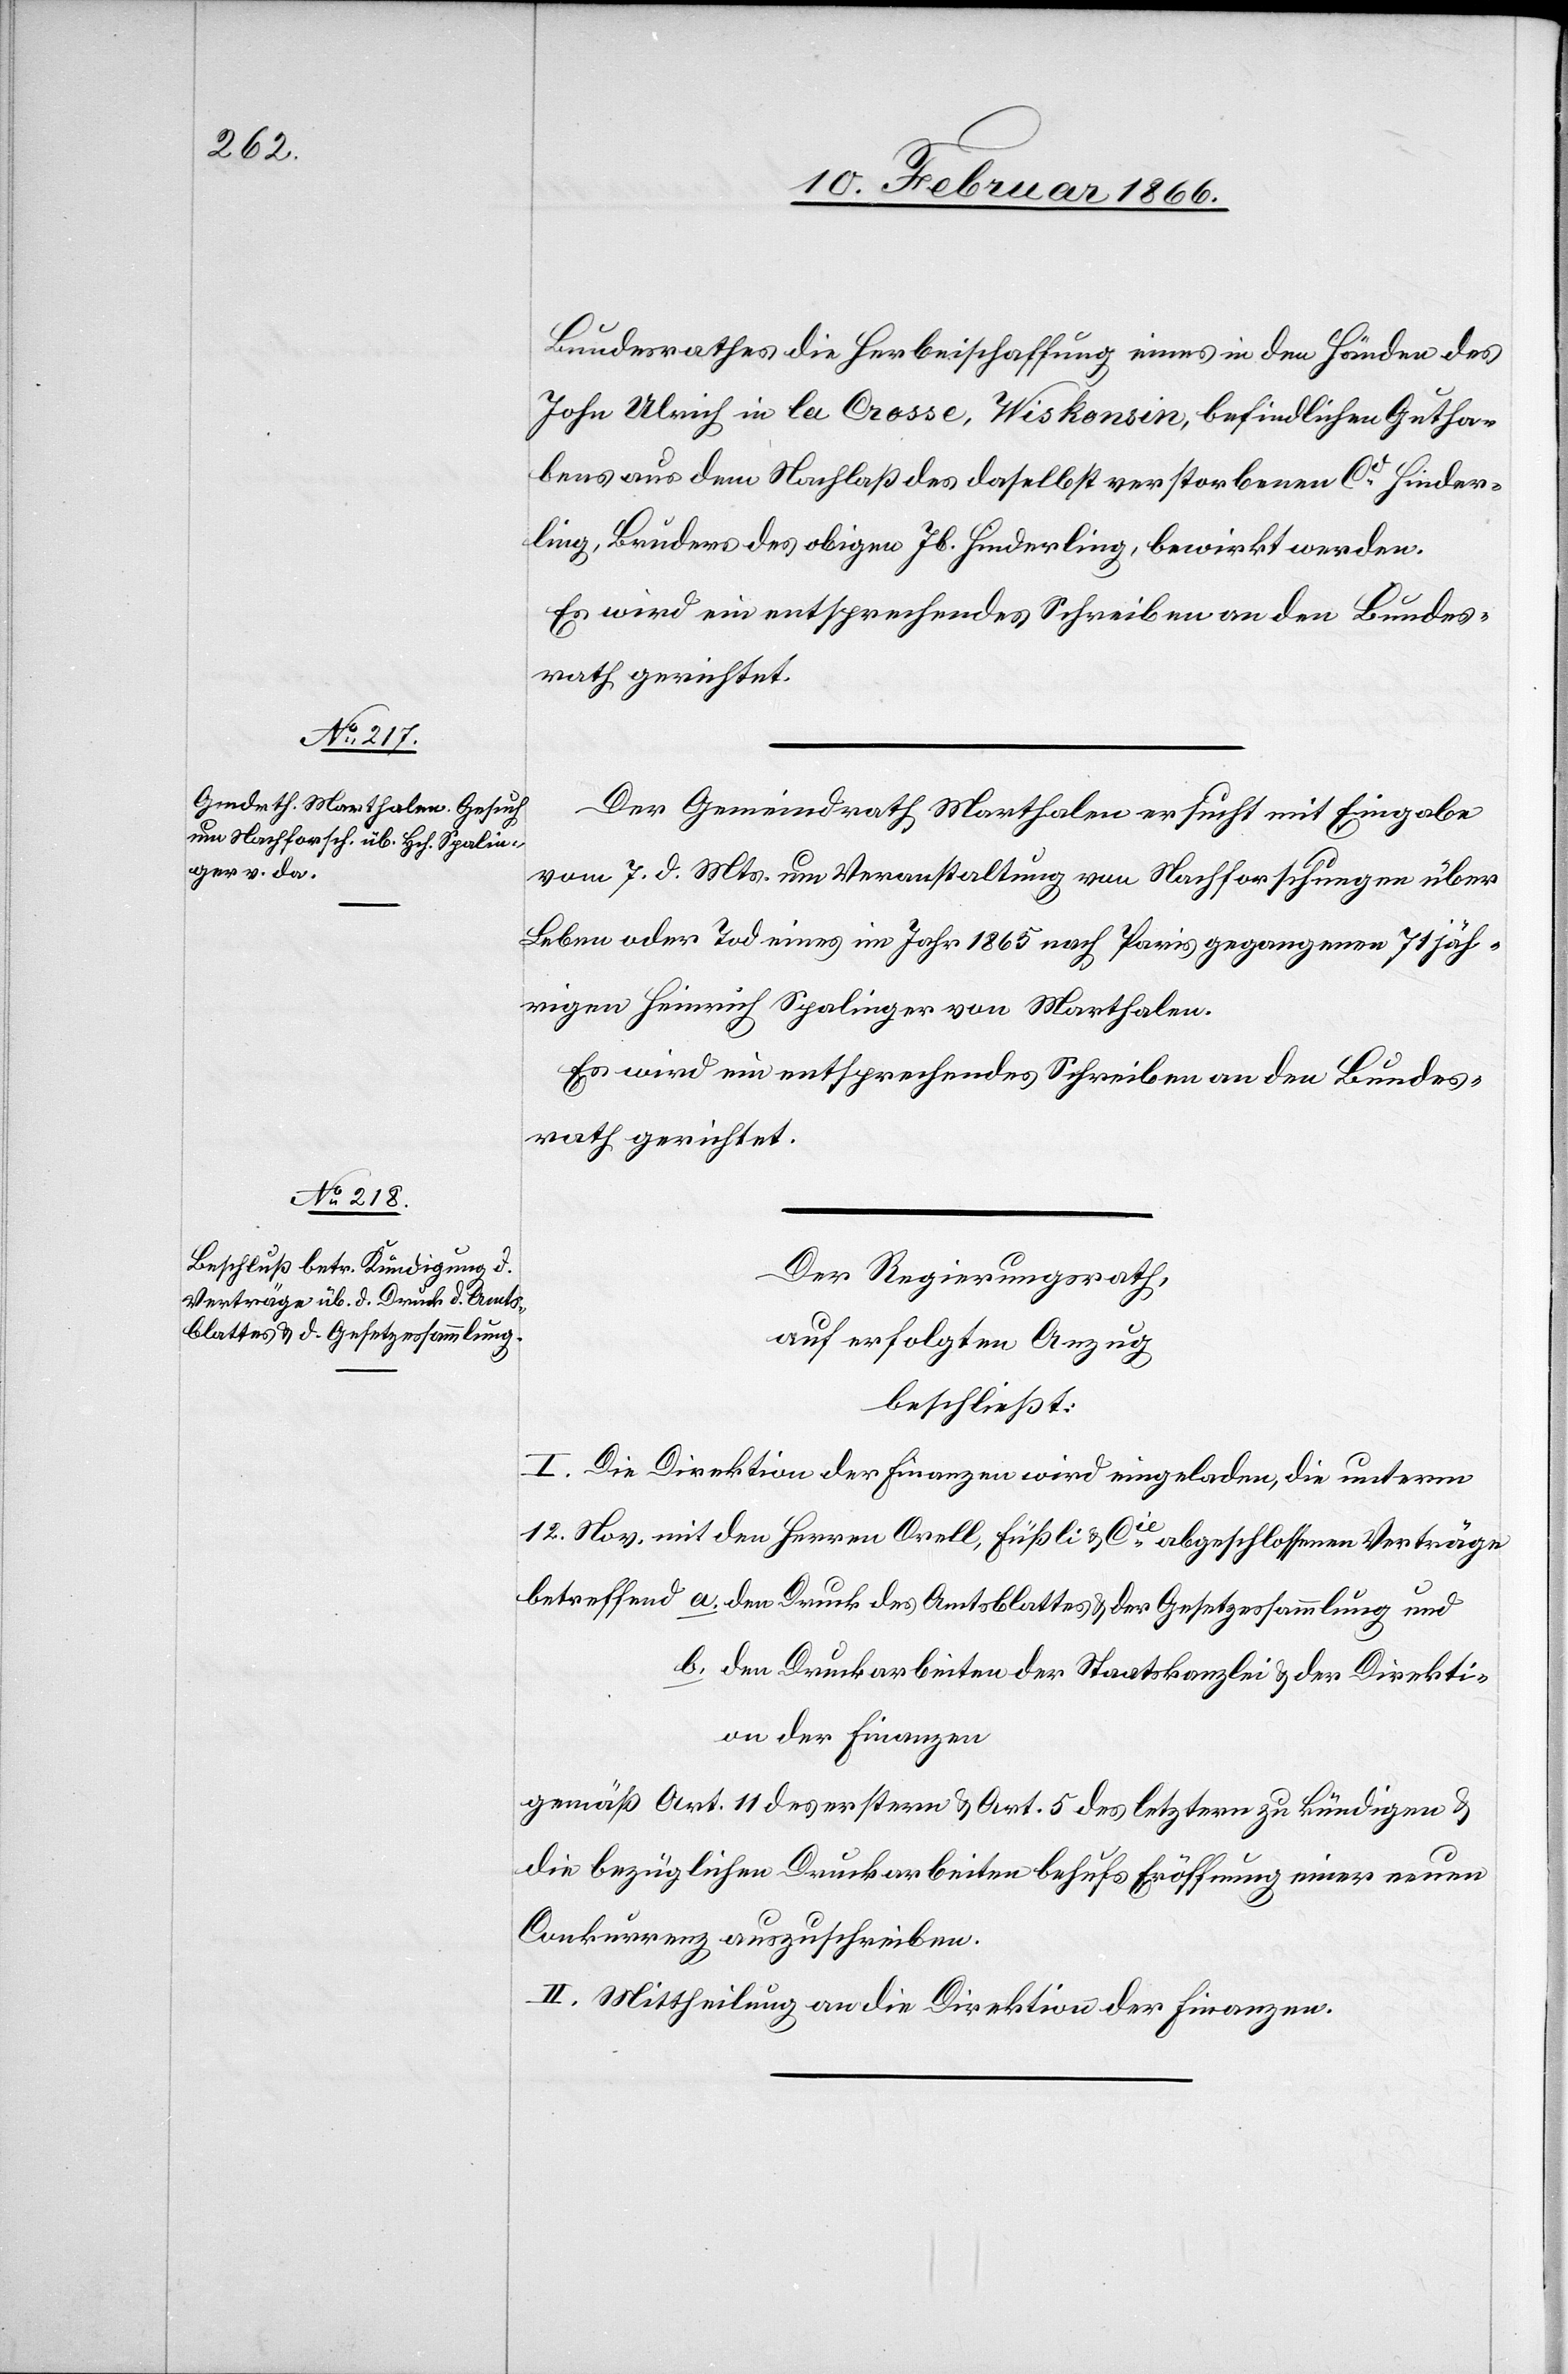
Amts¬
blattes u. der Gesetzessammlung

Bundesrathes die Herbeischaffung eines in den Händen des
John Ulrich in La Crosse, Wiskonsin, befindlichen Gutha¬
bens aus dem Nachlaß des daselbst verstorbenen Cd. Hinder¬
ling, Bruder des obigen Jb. Hinderling, bewirkt werden.
Es wird ein entsprechendes Schreiben an den Bundes¬
rath gerichtet.
Der Gemeindrath Marthalen ersucht mit Eingabe
vom 7. d. Mts. um Veranstaltung von Nachforschungen über
Leben oder Tod eines im Jahr 1865 nach Paris gegangenen 71jäh¬
rigen Heinrich Spalinger von Marthalen.
Es wird ein entsprechendes Schreiben an den Bundes¬
rath gerichtet.
Der Regierungsrath,
auf erfolgten Anzug,
beschließt:
I. Die Direktion der Finanzen wird eingeladen, die unterm
12. Nov. mit den Herren Orell, Füßli u. Cie. abgeschlossenen Verträge
b. den Druckarbeiten der Staatskanzlei u. der Direkti¬
on der Finanzen
gemäß Art. 11 des erstern u. Art. 5 des letztern zu kündigen u.
die bezüglichen Druckarbeiten behufs Eröffnung einer neuen
Conkurrenz auszuschreiben.
II. Mittheilung an die Direktion der Finanzen.